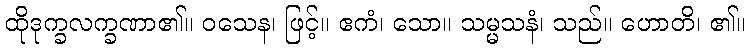
ထိုဒုက္ခလက္ခဏာ၏။ ဝသေန၊ ဖြင့်။ ဧကံ၊ သော။ သမ္မသနံ၊ သည်။ ဟောတိ၊ ၏။